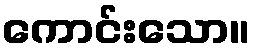
ကောင်းသော။